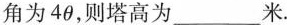
角为4θ，则塔高为___米.